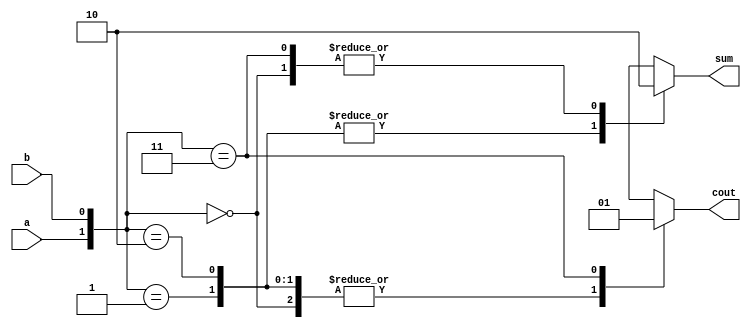
module half_add3(a,b,sum,cout);
input a,b;
output sum,cout;
reg sum,cout;

always @(a or b)
begin
case ({a,b})               		//
2'b00: begin  sum=0; cout=0;  end
2'b01: begin  sum=1; cout=0;  end
2'b10: begin  sum=1; cout=0;  end
2'b11: begin  sum=0; cout=1;  end
endcase
end
endmodule